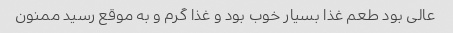
عالی بود طعم غذا بسیار خوب بود و غذا گرم و به موقع رسید ممنون